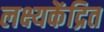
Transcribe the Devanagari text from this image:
लक्ष्यकेंद्रित